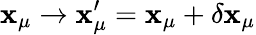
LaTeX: \mathbf{x}_{\mu}\rightarrow\mathbf{x}_{\mu}^{\prime}=\mathbf{x}_{\mu}+\delta\mathbf{x}_{\mu}